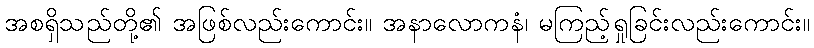
အစရှိသည်တို့၏ အဖြစ်လည်းကောင်း။ အနာလောကနံ၊ မကြည့်ရှုခြင်းလည်းကောင်း။